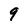
Character: 9